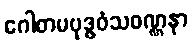
ဂေါတမဗုဒ္ဓဝံသဝဏ္ဏနာ